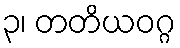
၃၊ တတိယဝဂ္ဂ